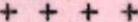
++++